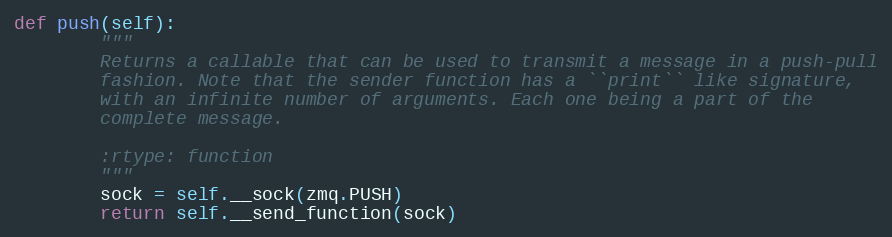
Language: Python
def push(self):
        """
        Returns a callable that can be used to transmit a message in a push-pull
        fashion. Note that the sender function has a ``print`` like signature,
        with an infinite number of arguments. Each one being a part of the
        complete message.

        :rtype: function
        """
        sock = self.__sock(zmq.PUSH)
        return self.__send_function(sock)